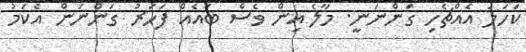
ކަހަލަ އެއްޗެހި ގަންނަނީ. މާލެ އިން ވެސް ބައެއް ފަހަރު ގަންނަން އެކަމު